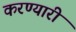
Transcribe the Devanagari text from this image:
करण्यारी